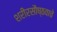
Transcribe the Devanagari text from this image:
शरीरसौष्ठवाचे